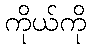
ကိုယ်ကို